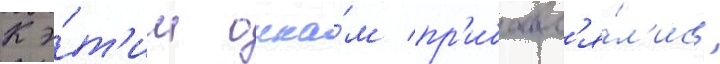
К э́т'им очка́м пр'ибавл'я́л'ись